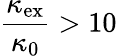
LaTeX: \frac{\kappa_{\mathrm{ex}}}{\kappa_{\mathrm{0}}}>10